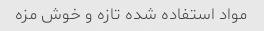
مواد استفاده شده تازه و خوش مزه